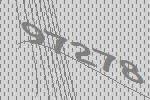
97278